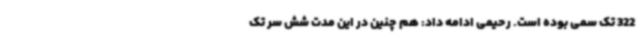
322 تک سمی بوده است. رحیمی ادامه داد: هم چنین در این مدت شش سر تک